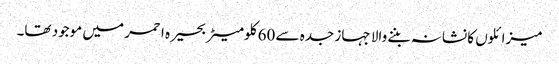
میزائلوں کا نشانہ بننے والا جہاز جدہ سے 60 کلومیٹر بحیرہ احمر میں موجود تھا۔